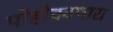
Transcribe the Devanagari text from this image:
पोहोचवणारा